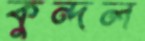
কুন্দল